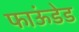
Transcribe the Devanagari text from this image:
फाऊंडेड